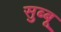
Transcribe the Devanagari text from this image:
सुब्बू